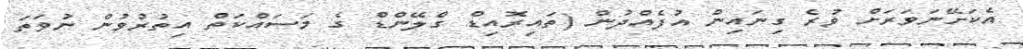
އެކަށޭނަވަރަށް ވުރެ ގިނައިން އުފެއްދުން (ތައިރޮއިޑް ގްލޭންޑް ގެ މަސައްކަތް އިތުރުވުން ނުވަތަ